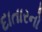
દાતારનો